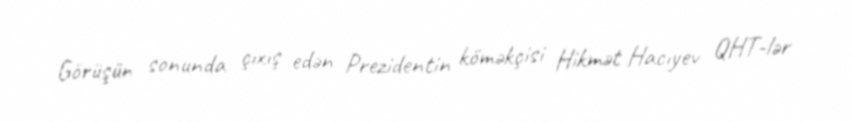
Görüşün sonunda çıxış edən Prezidentin köməkçisi Hikmət Hacıyev QHT-lər